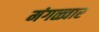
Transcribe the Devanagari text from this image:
मंगळ्वार